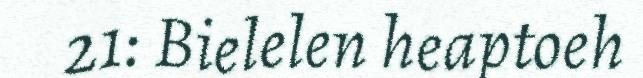
21: Bielelen heaptoeh